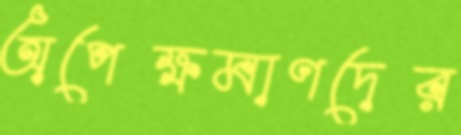
অপেক্ষমাণদের